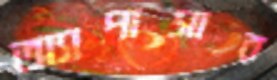
অ্যাপাসার